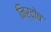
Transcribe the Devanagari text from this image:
निर्दोंष